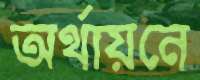
অর্থায়নে